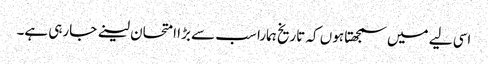
اسی لیے میں سمجھتا ہوں کہ تاریخ ہمارا سب سے بڑا امتحان لینے جارہی ہے۔